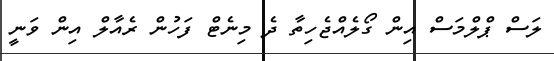
ލަސް ޕްލްމަސް އިން ގޯލެއްޖެހިތާ ދެ މިނެޓް ފަހުން ރެއާލް އިން ވަނީ